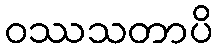
ဝဿသတာပိ